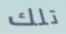
تلك